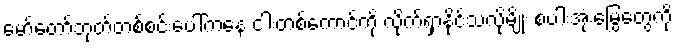
မော်တော်ဘုတ်တစ်စင်းပေါ်ကနေ ငါးတစ်ကောင်ကို လိုက်ရှာနိုင်သလိုမျိုး စပါးအုံးမြွေတွေကို